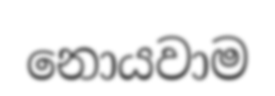
නොයවාම